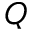
Q